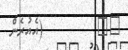
٢٠         (އެއުރެން